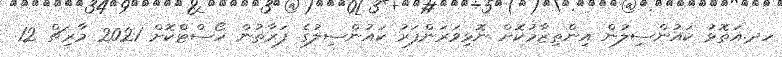
ހދ.އަތޮޅު ކައުންސިލުން އިންތިޒާމުކޮށް ނޮޅިވަރަންފަރު ކައުންސިލުގެ ފަރާތުން ހޯސްޓްކޮށް 2021 މާރިޗް 12